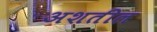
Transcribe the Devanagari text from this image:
अशतील